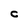
Character: C